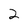
Character: 2